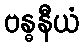
ဗန္ဓနီယံ